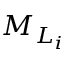
{ M } _ { { L } _ { i } }